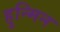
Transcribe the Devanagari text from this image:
हुन्मिन